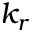
k _ { r }